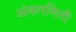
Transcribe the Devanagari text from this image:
अंकगणिती